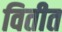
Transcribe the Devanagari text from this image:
वितीत